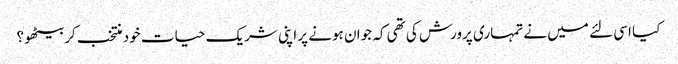
کیا اسی لئے میں نے تمہاری پرورش کی تھی کہ جوان ہونے پر اپنی شریک حیات خود منتخب کر بیٹھو؟